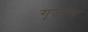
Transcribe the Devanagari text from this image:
गूज़ांग